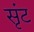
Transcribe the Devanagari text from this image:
सृंट